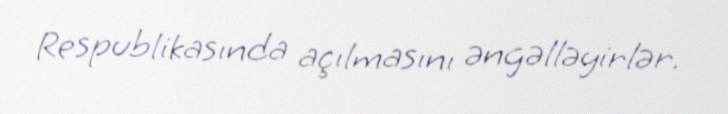
Respublikasında açılmasını əngəlləyirlər.